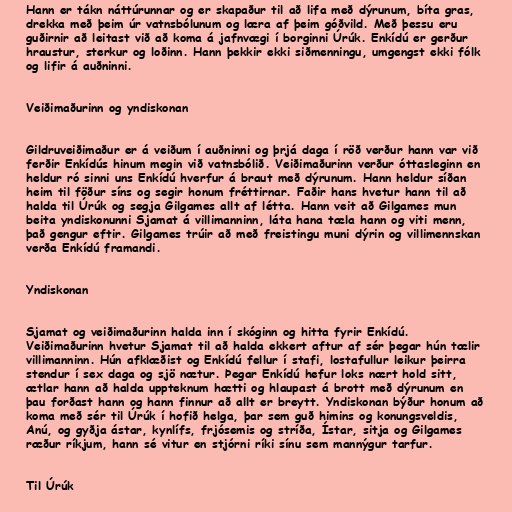
Hann er tákn náttúrunnar og er skapaður til að lifa með dýrunum, bíta gras,
drekka með þeim úr vatnsbólunum og læra af þeim góðvild. Með þessu eru
guðirnir að leitast við að koma á jafnvægi í borginni Úrúk. Enkídú er gerður
hraustur, sterkur og loðinn. Hann þekkir ekki siðmenningu, umgengst ekki fólk
og lifir á auðninni.

Veiðimaðurinn og yndiskonan

Gildruveiðimaður er á veiðum í auðninni og þrjá daga í röð verður hann var við
ferðir Enkídús hinum megin við vatnsbólið. Veiðimaðurinn verður óttasleginn en
heldur ró sinni uns Enkídú hverfur á braut með dýrunum. Hann heldur síðan
heim til föður síns og segir honum fréttirnar. Faðir hans hvetur hann til að
halda til Úrúk og segja Gilgames allt af létta. Hann veit að Gilgames mun
beita yndiskonunni Sjamat á villimanninn, láta hana tæla hann og viti menn,
það gengur eftir. Gilgames trúir að með freistingu muni dýrin og villimennskan
verða Enkídú framandi.

Yndiskonan

Sjamat og veiðimaðurinn halda inn í skóginn og hitta fyrir Enkídú.
Veiðimaðurinn hvetur Sjamat til að halda ekkert aftur af sér þegar hún tælir
villimanninn. Hún afklæðist og Enkídú fellur í stafi, lostafullur leikur þeirra
stendur í sex daga og sjö nætur. Þegar Enkídú hefur loks nært hold sitt,
ætlar hann að halda uppteknum hætti og hlaupast á brott með dýrunum en
þau forðast hann og hann finnur að allt er breytt. Yndiskonan býður honum að
koma með sér til Úrúk í hofið helga, þar sem guð himins og konungsveldis,
Anú, og gyðja ástar, kynlífs, frjósemis og stríða, Ístar, sitja og Gilgames
ræður ríkjum, hann sé vitur en stjórni ríki sínu sem mannýgur tarfur.

Til Úrúk